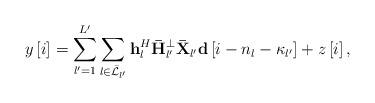
\begin{align*} y\left[ i \right] = \sum\limits_{l' = 1}^{L'} {\sum\limits_{l \in {{\bar {\cal L}}_{l'}}} {{\bf{h}}_l^H{\bf{\bar H}}_{l'}^ \bot {\bf{\bar X}}_{l'}{\bf{d}}\left[ {i - {n_l} - {\kappa _{l'}}} \right]} } + z\left[ i \right], \end{align*}